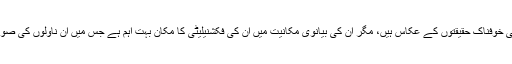
گورکی کا ناول ’’ماں‘‘ یا مہا سویتا دیوی کا ’’ایک ہزار چوراسی کی ماں‘‘ اپنے عہد کی خوفناک حقیقتوں کے عکاس ہیں، مگر ان کی بیانوی مکانیت میں ان کی فکشنیلیٹی کا مکان بہت اہم ہے جس میں ان ناولوں کی صورت حال کے مطابق ہر معاشرے کی عورت اشتراکی رشتے سے منسلک ہو جاتی ہے۔